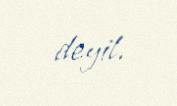
deyil.